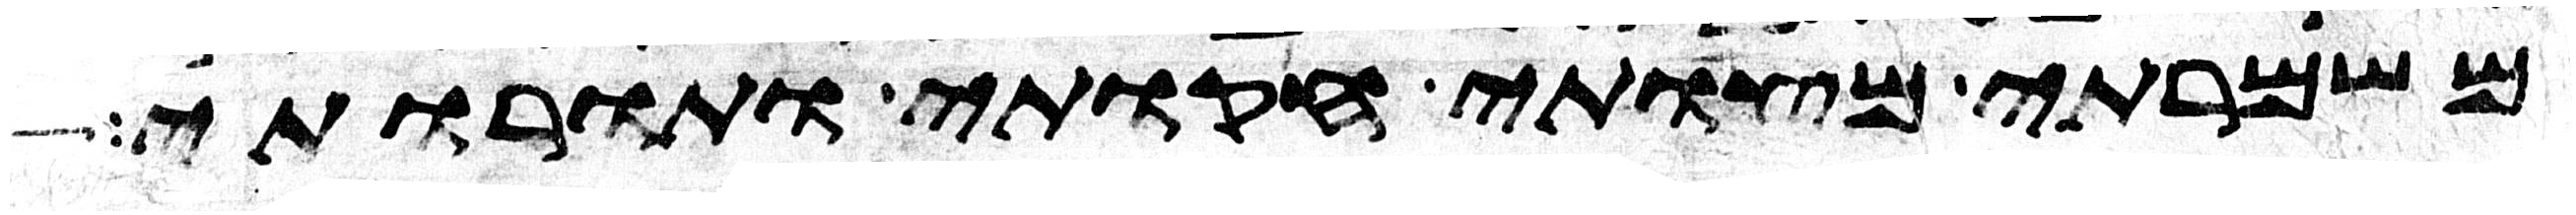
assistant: משמרתי מצותי חקותי ותורותי